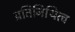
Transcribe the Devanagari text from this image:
प्रतिनिथित्व